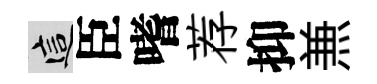
這臣嗜荐抑𠔥